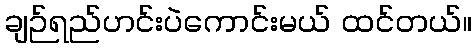
ချဉ်ရည်ဟင်းပဲကောင်းမယ် ထင်တယ်။